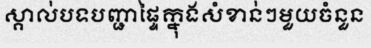
ស្គាល់បទបញ្ជាផ្ទៃក្នុងសំខាន់ៗមួយចំនួន